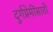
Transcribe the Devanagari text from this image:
दुर्गप्रेमींसाठी